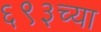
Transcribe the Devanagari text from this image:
६९३च्या